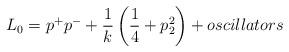
LaTeX: \begin{align*}L_{0}=p^{+}p^{-}+\frac{1}{k}\left( \frac{1}{4}+p_{2}^{2}\right) +oscillators\end{align*}